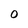
Character: O